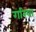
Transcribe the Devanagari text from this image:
गरिया